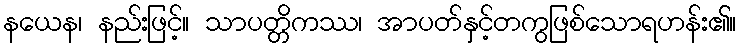
နယေန၊ နည်းဖြင့်။ သာပတ္တိကဿ၊ အာပတ်နှင့်တကွဖြစ်သောရဟန်း၏။